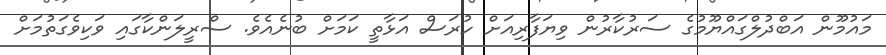
މައުމޫން އަބްދުލްގައްޔޫމުގެ ސަރުކާރުން ވިޔަފާރިއަށް ހުރަސް އަޅާތީ ކަމަށް ބުނެއެވެ. ސްރީލަންކާގައި ވަކިވެގަތުމަށް